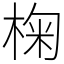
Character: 椈